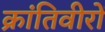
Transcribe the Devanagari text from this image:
क्रांतिवीरों